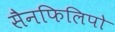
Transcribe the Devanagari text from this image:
सैनफिलिपो